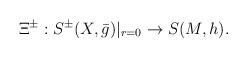
LaTeX: \begin{align*} \Xi^\pm: S^\pm(X,\bar{g})|_{r=0}\to S(M,h). \end{align*}